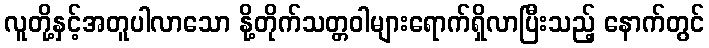
လူတို့နှင့်အတူပါလာသော နို့တိုက်သတ္တဝါများရောက်ရှိလာပြီးသည့် နောက်တွင်